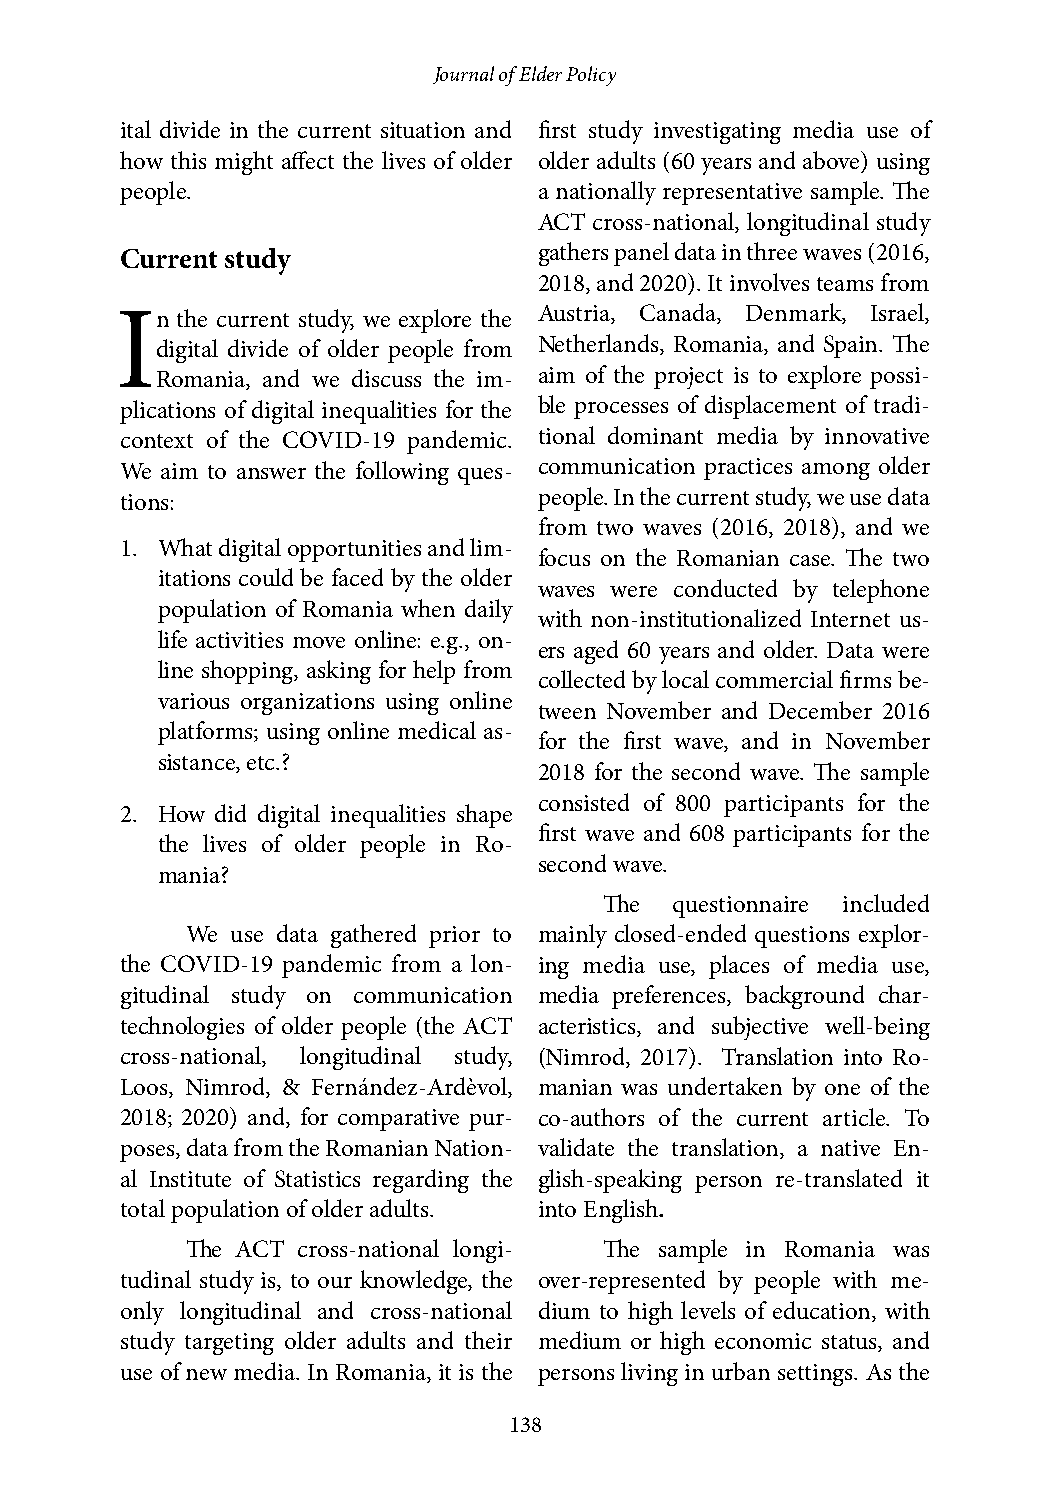
Journal of Elder Policy
 ital divide in the current situation and first study investigating media use of
 how this might affect the lives of older older adults (60 years and above) using
 people.                     a nationally representative sample. The
 ACT cross-national, longitudinal study
 Current study               gathers panel data in three waves (2016,
 2018, and 2020). It involves teams from
 In  the current study, we explore the Austria, Canada, Denmark, Israel,
 digital divide of older people from Netherlands, Romania, and Spain. The
 Romania, and we discuss the im- aim of the project is to explore possi-
 plications of digital inequalities for the ble processes of displacement of tradi-
 context of the COVID-19 pandemic. tional dominant media by innovative
 We aim to answer the following ques- communication practices among older
 tions:                      people. In the current study, we use data
 from two waves (2016, 2018), and we
 1. What digital opportunities and lim-
 focus on the Romanian case. The two
 itations could be faced by the older
 waves were conducted by telephone
 population of Romania when daily
 with non-institutionalized Internet us-
 life activities move online: e.g., on-
 ers aged 60 years and older. Data were
 line shopping, asking for help from
 collected by local commercial firms be-
 various organizations using online
 tween November and December 2016
 platforms; using online medical as-
 for the first wave, and in November
 sistance, etc.?
 2018 for the second wave. The sample
 consisted of 800 participants for the
 2. How did digital inequalities shape
 first wave and 608 participants for the
 the lives of older people in Ro-
 second wave.
 mania?
 The  questionnaire included
 We use data gathered prior to mainly closed-ended questions explor-
 the COVID-19 pandemic from a lon- ing media use, places of media use,
 gitudinal study on communication media preferences, background char-
 technologies of older people (the ACT acteristics, and subjective well-being
 cross-national, longitudinal study, (Nimrod, 2017). Translation into Ro-
 Loos, Nimrod, & Fernández-Ardèvol, manian was undertaken by one of the
 2018; 2020) and, for comparative pur- co-authors of the current article. To
 poses, data from the Romanian Nation- validate the translation, a native En-
 al Institute of Statistics regarding the glish-speaking person re-translated it
 total population of older adults. into English.
 The ACT cross-national longi- The sample in Romania was
 tudinal study is, to our knowledge, the over-represented by people with me-
 only longitudinal and cross-national dium to high levels of education, with
 study targeting older adults and their medium or high economic status, and
 use of new media. In Romania, it is the persons living in urban settings. As the
 138